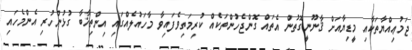
ޖަމުޢިއްޔާތަކާއި މީޑިޔާއަށް ޤާނޫނީގޮތުން އެތައް ގޮންޖެހުންތަކެއް ކުރިމަތިވެފައިވާ މާހައުލެއްގައި އިންތިޚާބާ ގުޅުންހުރި އެންމެހައި